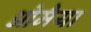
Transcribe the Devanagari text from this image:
ओमैया